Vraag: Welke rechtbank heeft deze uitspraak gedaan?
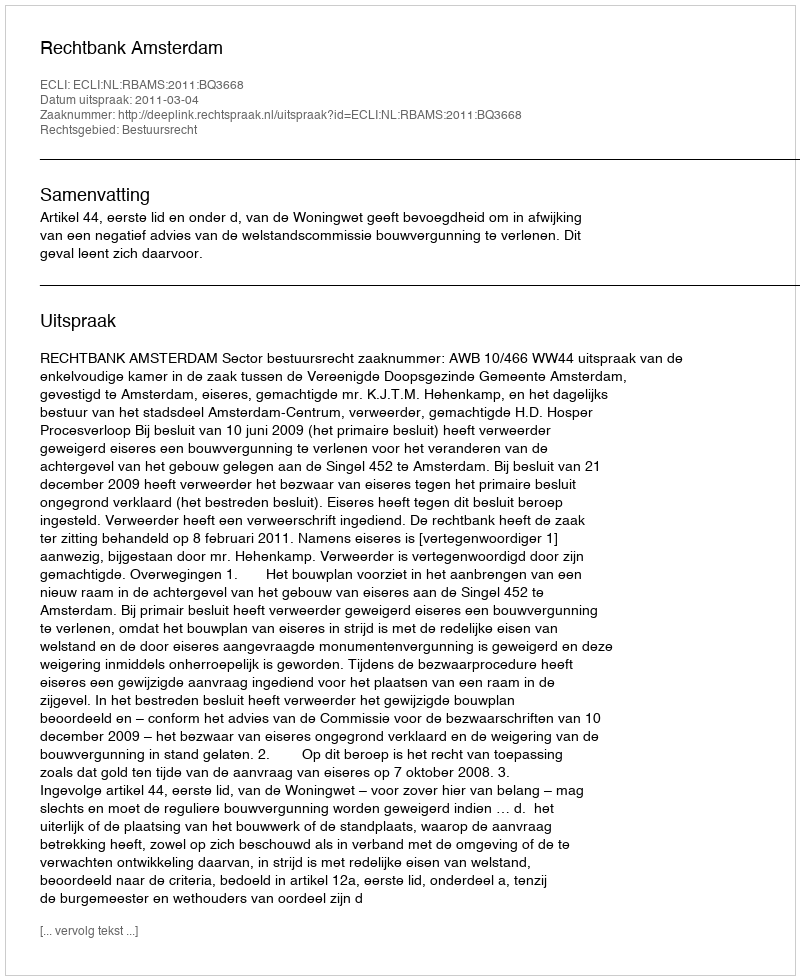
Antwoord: Rechtbank Amsterdam